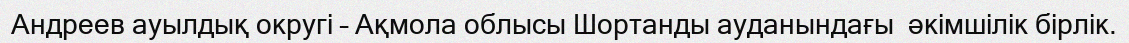
Андреев ауылдық округі – Ақмола облысы Шортанды ауданындағы  әкімшілік бірлік.